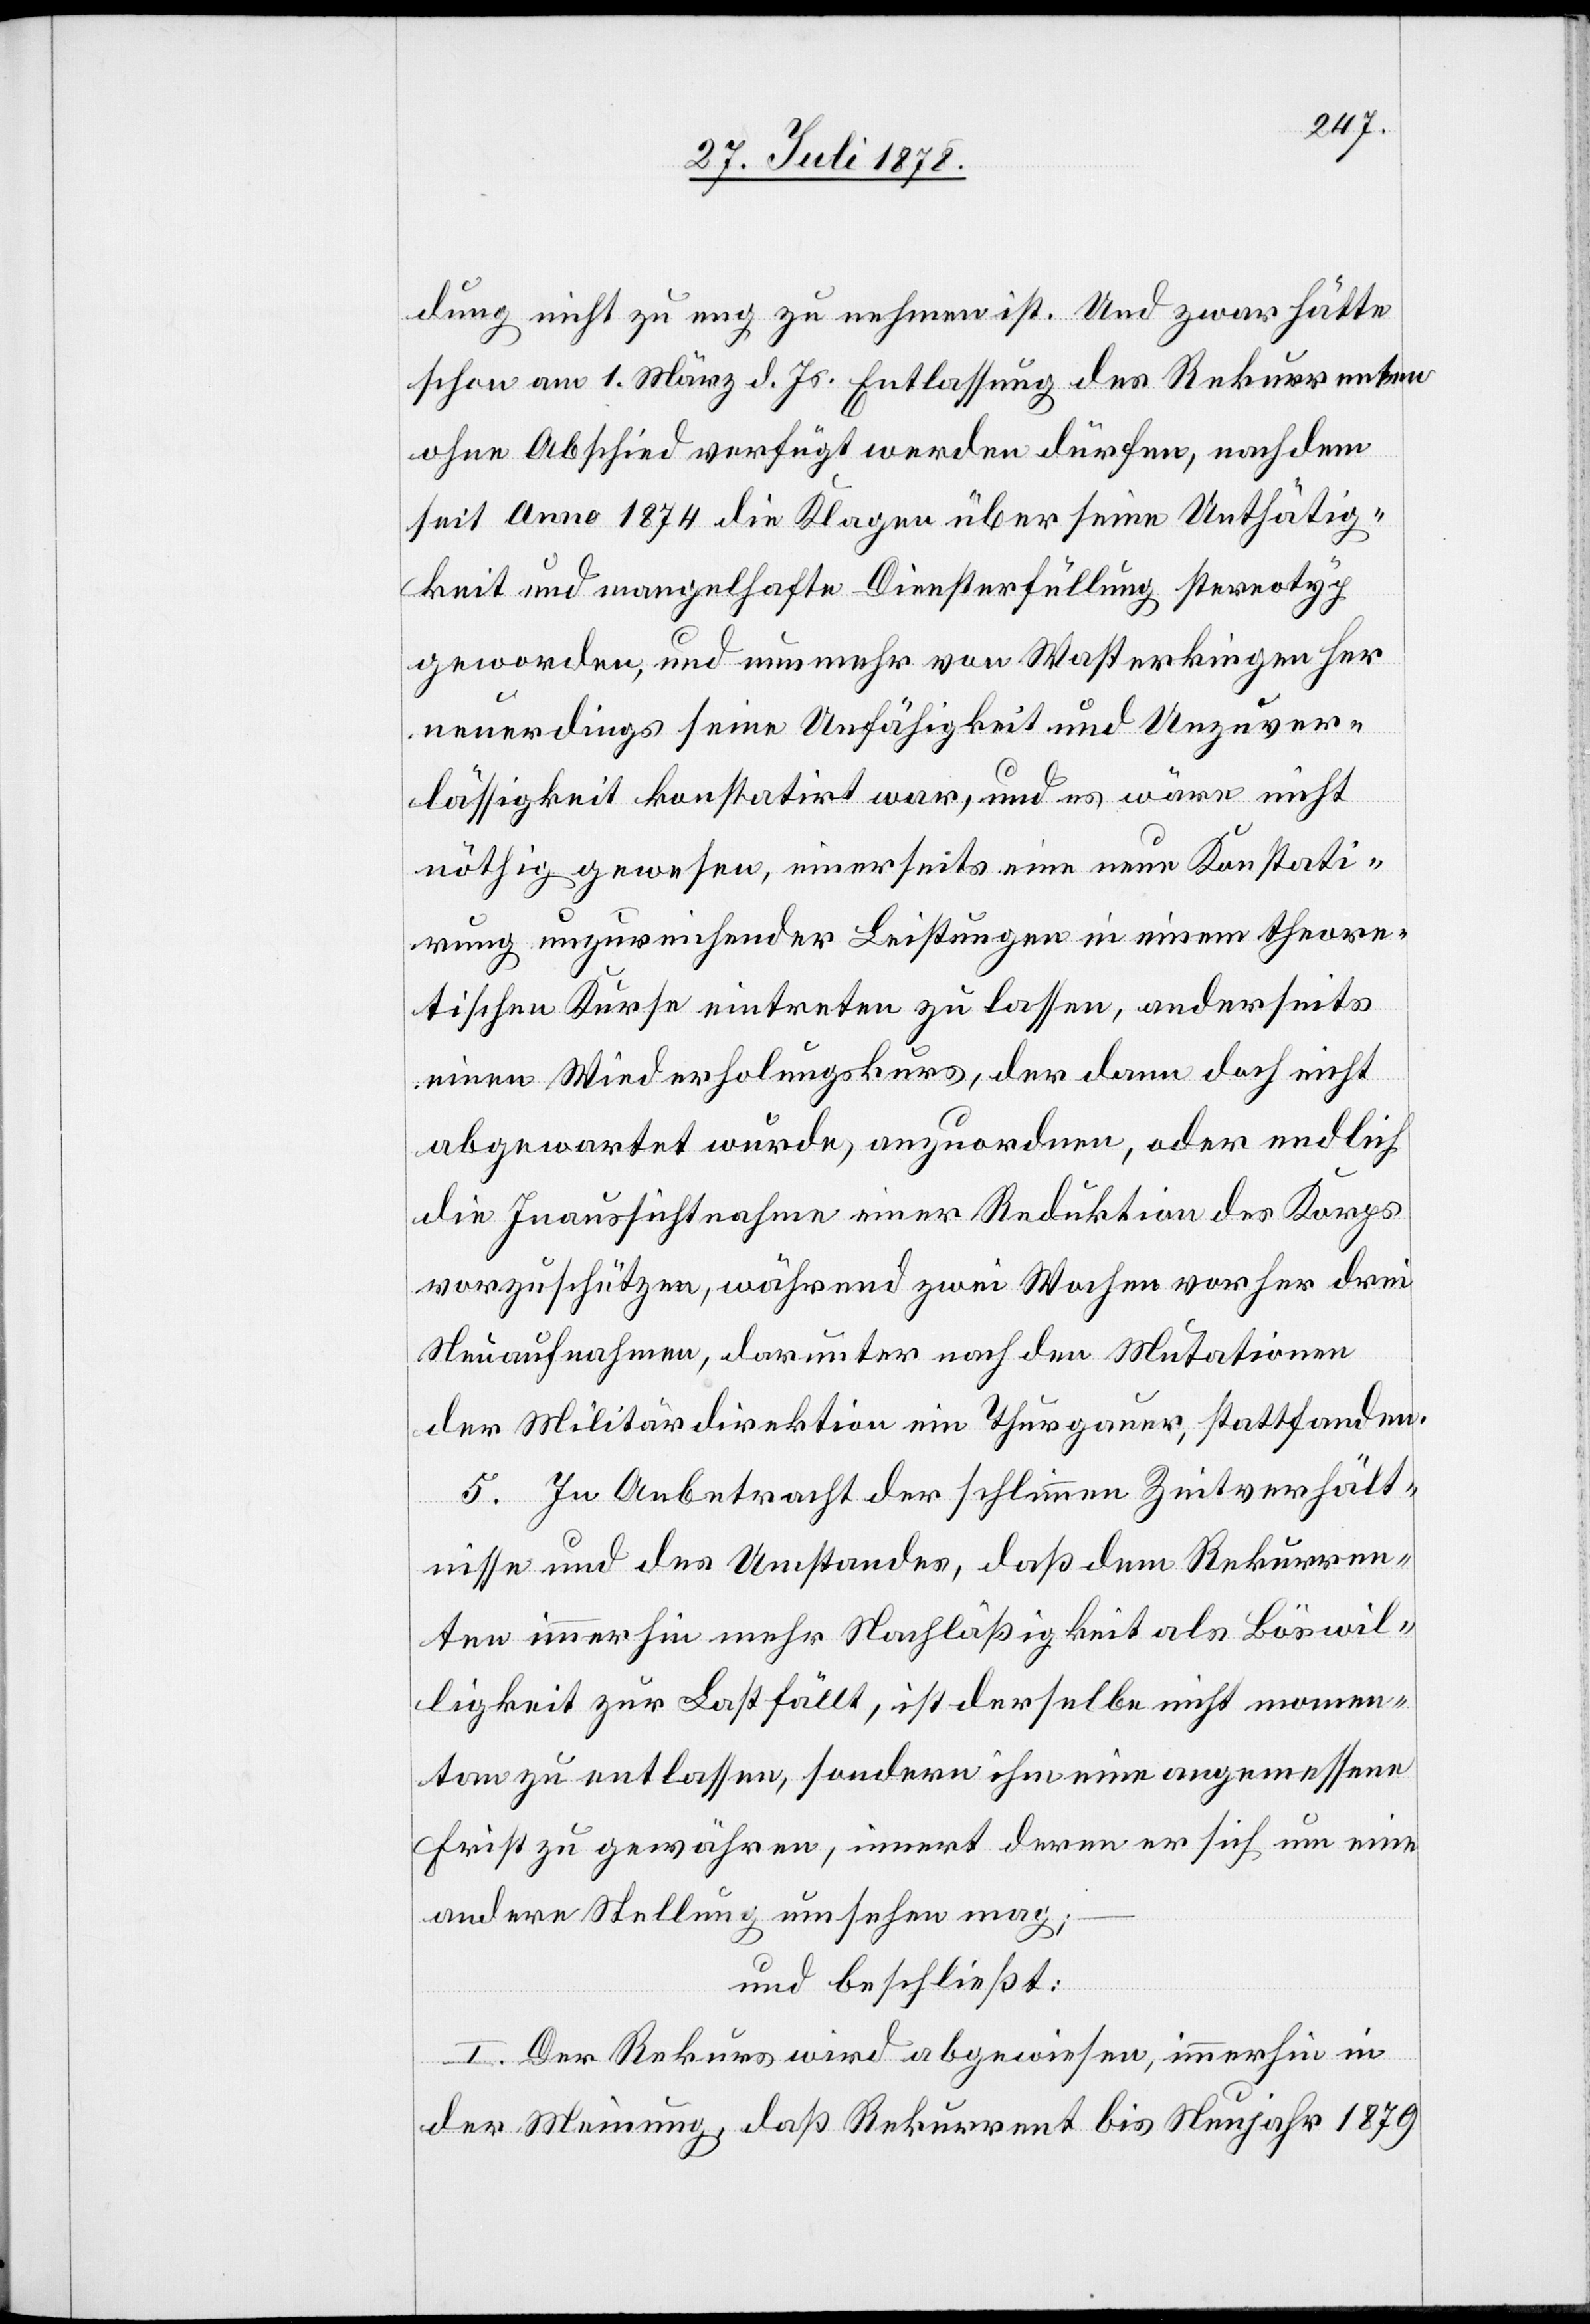
dung nicht zu eng zu nehmen ist. Und zwar hätte
schon am 1. März d. Js. Entlassung des Rekurrenten
ohne Abschied verfügt werden dürfen, nach dem
seit Anno 1874 die Klagen über seine Unthätig¬
keit und mangelhafte Diensterfüllung stereotyp
geworden, und nunmehr von Wasterkingen her
neuerdings seine Unfähigkeit und Unzuver¬
lässigkeit konstatirt war, und es wäre nicht
nöthig gewesen, einerseits eine neue Konstatit¬
rung unzureichender Leistungen in einem theore¬
tischen Kurse eintreten zu lassen, anderseits
einen Wiederholungskurs, der dann doch nicht
abgewartet wurde, anzuordnen, oder endlich
die Inaussichtnahme einer Reduktion des Korps
vorzuschützen, während zwei Wochen vorher drei
Neuaufnahmen, darunter nach den Mutationen
der Militärdirektion ein Thurgauer, stattfanden.
5. In Anbetracht der schlimmen Zeitverhält¬
nisse und des Umstandes, daß dem Rekurren¬
ten immerhin mehr Nachlässigkeit als Böswil¬
ligkeit zur Last fällt, ist derselbe nicht momen¬
tan zu entlassen, sondern ihm eine angemessene
Frist zu gewähren, innert deren er sich um eine
andere Stellung umsehen mag;
und beschließt:
I. Der Rekurs wird abgewiesen, immerhin in
der Meinung, daß Rekurrent bis Neujahr 1879